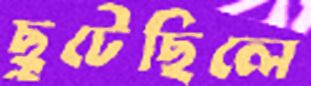
ছুটেছিলে